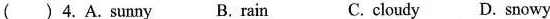
( ) 4.A. sunny B. rain C. cloudy D.snowy